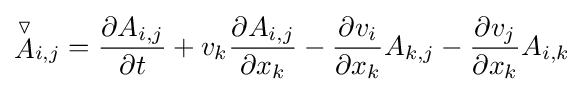
{\stackrel {\triangledown }{A}}_{i,j}={\frac {\partial A_{i,j}}{\partial t}}+v_{k}{\frac {\partial A_{i,j}}{\partial x_{k}}}-{\frac {\partial v_{i}}{\partial x_{k}}}A_{k,j}-{\frac {\partial v_{j}}{\partial x_{k}}}A_{i,k}